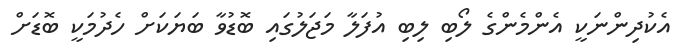
އެކުދިންނަކީ އެންމެންގެ ލޯބި ލިބި އުފަލާ މަޖަލުގައި ބޮޑުވާ ބަޔަކަށް ހެދުމަކީ ބޮޑަށް